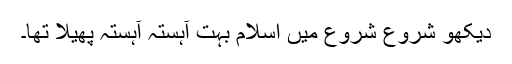
دیکھو شروع شروع میں اسلام بہت آہستہ آہستہ پھیلا تھا۔